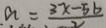
a = \frac { 3 x - 5 b } { 2 }